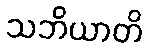
သဘိယာတိ